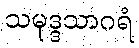
သမုဒ္ဒသာဂရံ